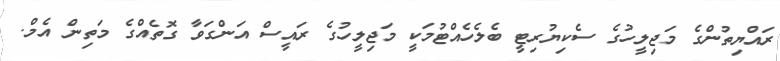
ރައްޔިތުންގެ މަޖިލީހުގެ ސެކިޔުރިޓީ ބެލެހެއްޓުމަކީ މަޖިލީހުގެ ރައީސް އަންގަވާ ގޮތެއްގެ މަތިން އެމް.